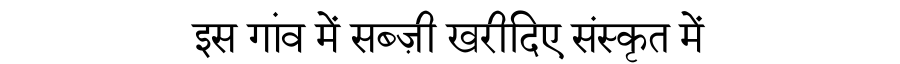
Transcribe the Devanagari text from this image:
इस गांव में सब्ज़ी खरीदिए संस्कृत में